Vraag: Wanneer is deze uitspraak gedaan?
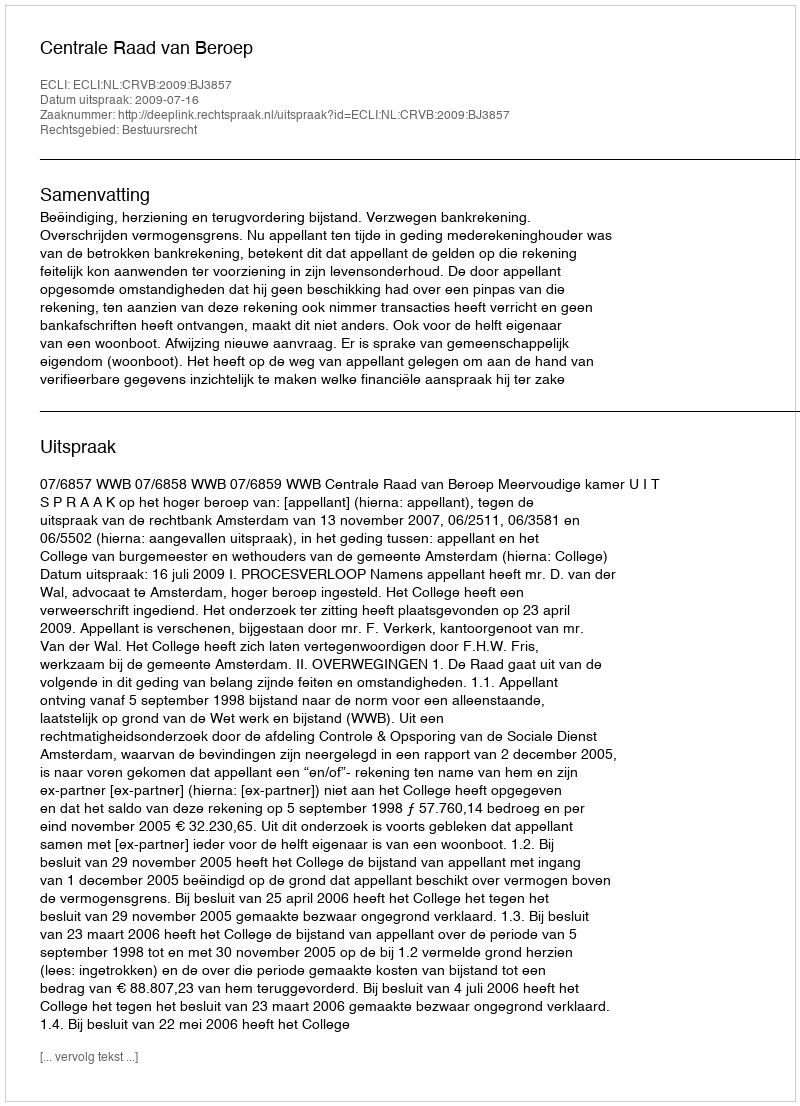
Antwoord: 2009-07-16